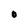
Character: O